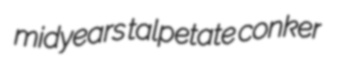
midyears talpetate conker